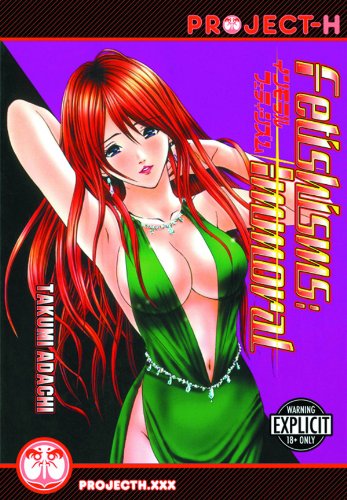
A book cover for Fetishisms: Immoral (Hentai Manga) (Fetishisms (Hentai Manga)); Takumi Adachi; Comics & Graphic Novels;